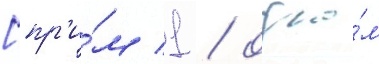
[пр'и́м 1 / одно́м